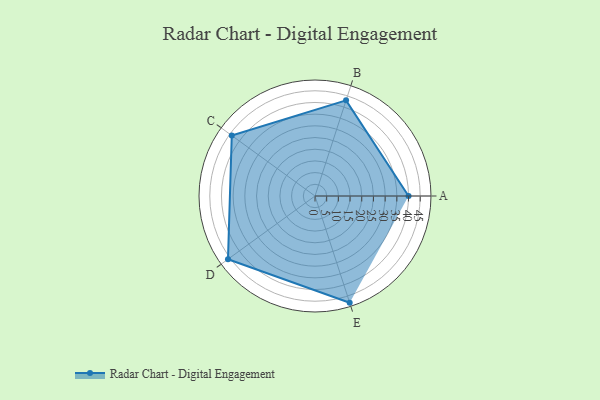
{"axis": {"x": "Skill", "y": "Score"}, "legend": ["Profile"], "data": [{"x": "A", "y": 40.0, "type": "Profile"}, {"x": "B", "y": 43.0, "type": "Profile"}, {"x": "C", "y": 44.0, "type": "Profile"}, {"x": "D", "y": 46.0, "type": "Profile"}, {"x": "E", "y": 48.0, "type": "Profile"}]}